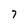
Character: 7